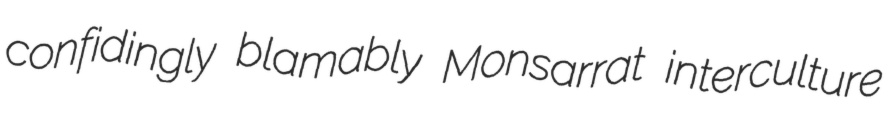
confidingly blamably Monsarrat interculture